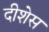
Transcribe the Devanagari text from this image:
दीशेस